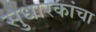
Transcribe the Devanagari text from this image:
सुधारकांचा